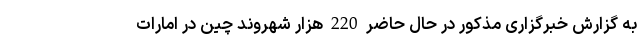
به گزارش خبرگزاری مذکور در حال حاضر 220 هزار شهروند چین در امارات